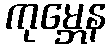
ကုမ္ဘေန